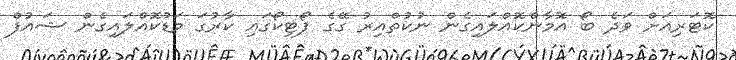
ކޮޓަރިއަށް ވަދެ ބޯ އޮމާންކޮއްލައިގެން ނުކުތްއިރު ގޭގެ ޕޯޓިކޯގައި ކާރުގަ މަޑުކޮއްލައިގެން ޝައުފް